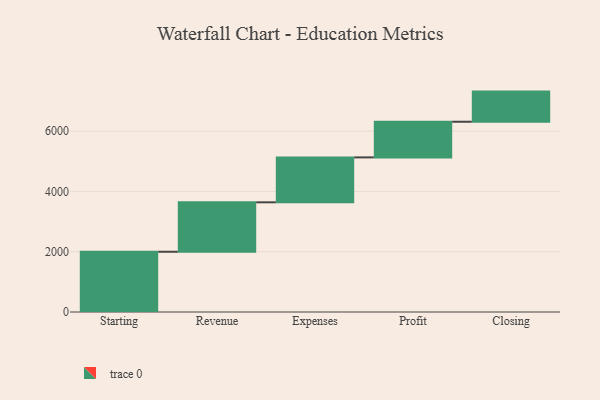
{"axis": {"x": "Step", "y": "Value"}, "legend": [""], "data": [{"x": "Starting", "y": 1999.0, "type": ""}, {"x": "Revenue", "y": 1640.0, "type": ""}, {"x": "Expenses", "y": 1490.0, "type": ""}, {"x": "Profit", "y": 1183.0, "type": ""}, {"x": "Closing", "y": 1000, "type": ""}]}